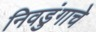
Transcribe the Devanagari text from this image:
निवडुंगाचे